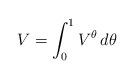
LaTeX: \begin{align*}V= \int_0^1 V^{\theta} \,d\theta \end{align*}